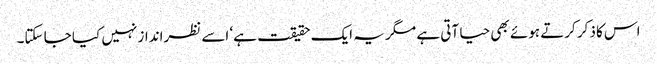
اس کا ذکر کرتے ہوئے بھی حیا آتی ہے مگر یہ ایک حقیقت ہے‘ اسے نظرانداز نہیں کیا جا سکتا۔